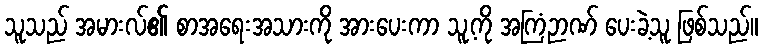
သူသည် အမားလ်၏ စာအရေးအသားကို အားပေးကာ သူ့ကို အကြံဉာဏ် ပေးခဲ့သူ ဖြစ်သည်။